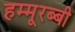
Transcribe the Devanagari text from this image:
हम्मूरब्बी